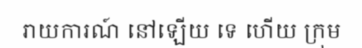
រាយការណ៍ នៅឡើយ ទេ ហើយ ក្រុម